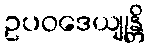
ဥပဝဒေယျုန္တိ